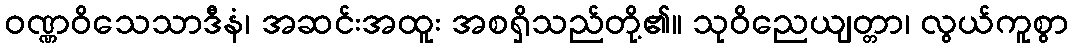
ဝဏ္ဏဝိသေသာဒီနံ၊ အဆင်းအထူး အစရှိသည်တို့၏။ သုဝိညေယျတ္တာ၊ လွယ်ကူစွာ